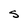
Character: S